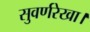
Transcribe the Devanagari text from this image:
सुवर्णरेखा।